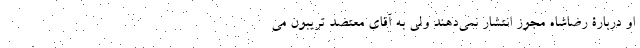
او دربارۀ رضاشاه مجوز انتشار نمی‌دهند ولی به آقای معتضد تریبون می